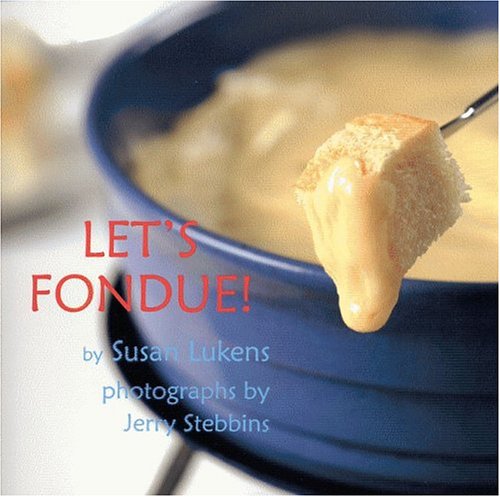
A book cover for Let's Fondue; Susan Lukens; Cookbooks, Food & Wine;